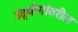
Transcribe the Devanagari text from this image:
उद्योगांवरील